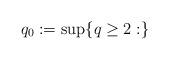
LaTeX: \begin{align*}q_0 := \sup\{q \geq 2 : \}\end{align*}